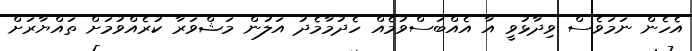
އެހެން ނަމަވެސް ވިދާޅުވީ އާ އެއްބަސްވުމެއް ހެދުމާމެދު އަލުން މަޝްވަރާ ކުރެއްވުމަށް ތައްޔާރަށް